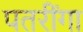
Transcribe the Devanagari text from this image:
पतरींगा